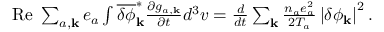
\begin{array} { r } { \mathrm { R e } \; \sum _ { a , { \bf k } } e _ { a } \int \overline { { \delta \phi } } _ { \bf k } ^ { \ast } \frac { \partial g _ { a , { \bf k } } } { \partial t } d ^ { 3 } v = \frac { d } { d t } \sum _ { \bf k } \frac { n _ { a } e _ { a } ^ { 2 } } { 2 T _ { a } } \left| \delta \phi _ { \bf k } \right| ^ { 2 } . } \end{array}